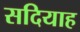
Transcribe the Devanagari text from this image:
सदियाह